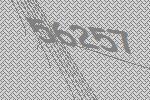
56257